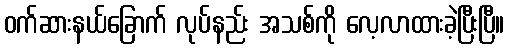
ဝက်ဆားနယ်ခြောက် လုပ်နည်း အသစ်ကို လေ့လာထားခဲ့ပြီးပြီ။